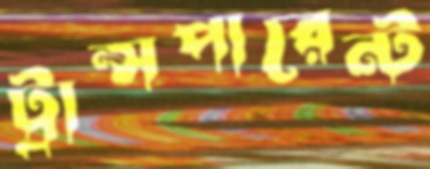
ট্রান্সপারেন্ট